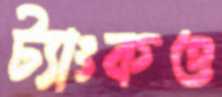
ট্যাংকও